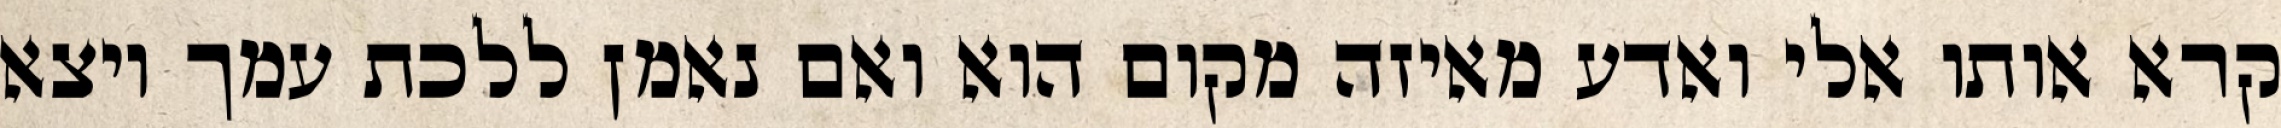
קרא אותו אלי ואדע מאיזה מקום הוא ואם נאמן ללכת עמך ויצא